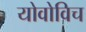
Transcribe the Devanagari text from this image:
योवोविच